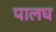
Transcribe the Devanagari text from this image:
पालघ